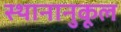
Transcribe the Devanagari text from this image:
स्थानानुकूल